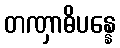
တဏှာဓိပန္နေ